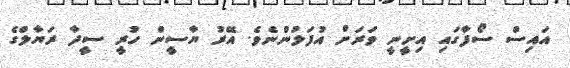
އައިސް ސޯފާގައި އިށީނީ ވަރަށް އުފަލުންނެވެ. އޭރު ޔާސީން ހުރީ ސީދާ ރަޔާލްގެ